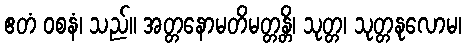
ဧတံ ဝစနံ၊ သည်။ အတ္တနောမတိမတ္တန္တိ၊ သုတ္တ၊ သုတ္တနုလောမ၊